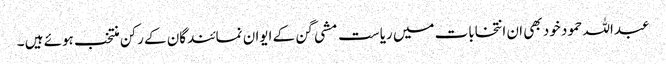
عبداللہ حمود خود بھی ان انتخابات میں ریاست مشی گن کے ایوان نمائندگان کے رکن منتخب ہوئے ہیں ۔